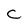
Character: C